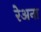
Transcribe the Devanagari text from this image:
रेअना